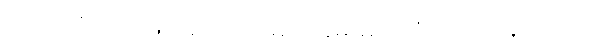
လက်ကိုင်ပဝါဖြင့် အောက်မျက်ခမ်းများကို သုတ်နေသည်။